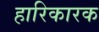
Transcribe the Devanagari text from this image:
हारिकारक